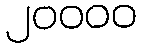
၂၀၀၀၀